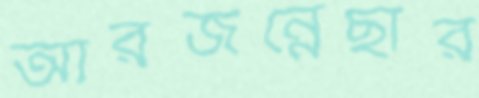
আরজন্নেছার